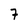
Character: 7